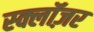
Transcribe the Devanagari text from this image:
स्क्लॉज़र